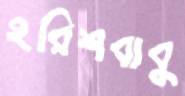
হরিশবাবু